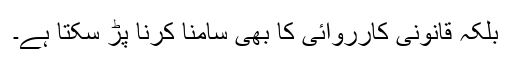
بلکہ قانونی کارروائی کا بھی سامنا کرنا پڑ سکتا ہے۔